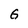
Character: G